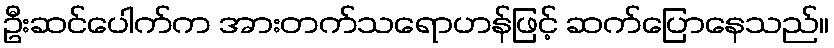
ဦးဆင်ပေါက်က အားတက်သရောဟန်ဖြင့် ဆက်ပြောနေသည်။